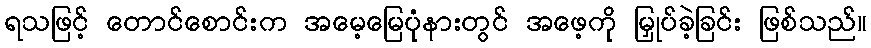
ရသဖြင့် တောင်စောင်းက အမေ့မြေပုံနားတွင် အဖေ့ကို မြှုပ်ခဲ့ခြင်း ဖြစ်သည်။